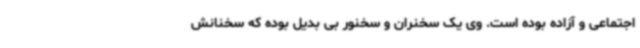
اجتماعی و آزاده بوده است. وی یک سخنران و سخنور بی بدیل بوده که سخنانش